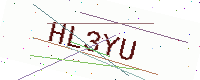
Text: HL3YU